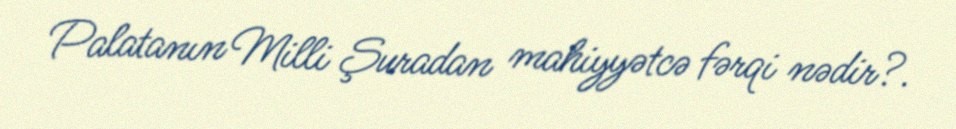
Palatanın Milli Şuradan mahiyyətcə fərqi nədir?.